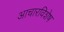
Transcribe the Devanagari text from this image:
आचारविशेष